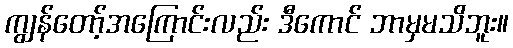
ကျွန်တော့်အကြောင်းလည်း ဒီကောင် ဘာမှမသိဘူး။